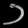
Digit: ၁